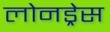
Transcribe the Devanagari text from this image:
लोनड्रेस